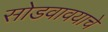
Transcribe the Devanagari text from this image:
सोडवावयाचे